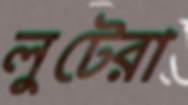
লুটেরা